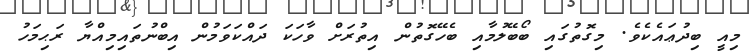
މިއީ ބިދުޢައެކެވެ. މިގޮތުގައި ބޯބޭލުމާއި ބެހޭގޮތުން އިތުރަށް ވާހަކަ ދައްކަވަމުން އިބްނުތައިމިއްޔާ ރަޙިމަހު